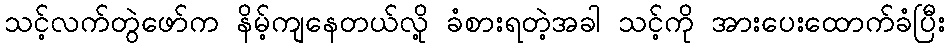
သင့်လက်တွဲဖော်က နိမ့်ကျနေတယ်လို့ ခံစားရတဲ့အခါ သင့်ကို အားပေးထောက်ခံပြီး